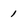
Character: 1